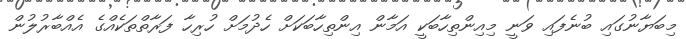
މިބަޔާނުގައި ބުނެފައި ވަނީ މިއިންތިހާބަކީ އަމާން އިންތިހާބަކަށް ހެދުމަށް ހުރިހާ ފަރާތްތަކެއްގެ އެއްބާރުލުން